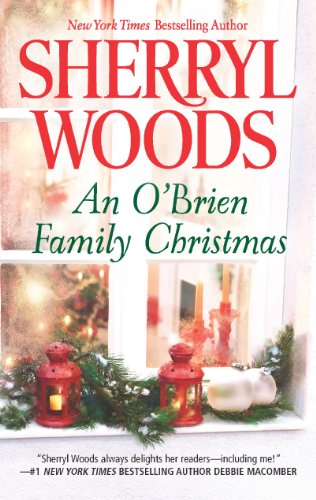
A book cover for An O'Brien Family Christmas (A Chesapeake Shores Novel); Sherryl Woods; Romance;